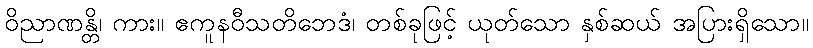
ဝိညာဏန္တိ၊ ကား။ ဧကူနဝီသတိဘေဒံ၊ တစ်ခုဖြင့် ယုတ်သော နှစ်ဆယ် အပြားရှိသော။